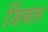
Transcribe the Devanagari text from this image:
जिंबल